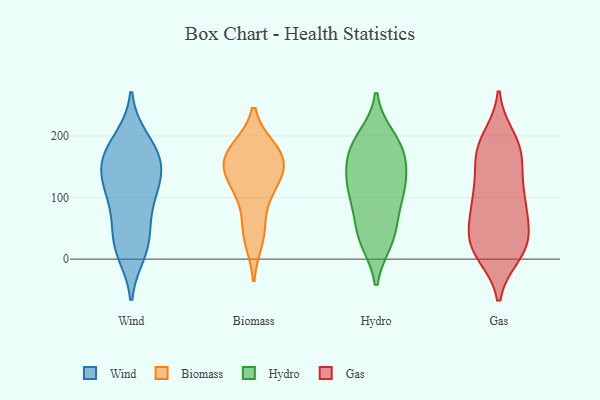
{"axis": {"x": "Headcount", "y": "Value"}, "legend": ["Biomass", "Gas", "Hydro", "Wind"], "data": [{"x": "", "y": 155, "type": "Wind"}, {"x": "", "y": 119, "type": "Wind"}, {"x": "", "y": 154, "type": "Wind"}, {"x": "", "y": 192, "type": "Wind"}, {"x": "", "y": 10, "type": "Wind"}, {"x": "", "y": 153, "type": "Wind"}, {"x": "", "y": 195, "type": "Wind"}, {"x": "", "y": 165, "type": "Wind"}, {"x": "", "y": 107, "type": "Wind"}, {"x": "", "y": 107, "type": "Wind"}, {"x": "", "y": 52, "type": "Wind"}, {"x": "", "y": 160, "type": "Wind"}, {"x": "", "y": 55, "type": "Wind"}, {"x": "", "y": 16, "type": "Wind"}, {"x": "", "y": 105, "type": "Wind"}, {"x": "", "y": 22, "type": "Wind"}, {"x": "", "y": 101, "type": "Biomass"}, {"x": "", "y": 32, "type": "Biomass"}, {"x": "", "y": 127, "type": "Biomass"}, {"x": "", "y": 173, "type": "Biomass"}, {"x": "", "y": 178, "type": "Biomass"}, {"x": "", "y": 51, "type": "Biomass"}, {"x": "", "y": 169, "type": "Biomass"}, {"x": "", "y": 132, "type": "Biomass"}, {"x": "", "y": 144, "type": "Biomass"}, {"x": "", "y": 164, "type": "Biomass"}, {"x": "", "y": 39, "type": "Hydro"}, {"x": "", "y": 78, "type": "Hydro"}, {"x": "", "y": 118, "type": "Hydro"}, {"x": "", "y": 110, "type": "Hydro"}, {"x": "", "y": 38, "type": "Hydro"}, {"x": "", "y": 177, "type": "Hydro"}, {"x": "", "y": 175, "type": "Hydro"}, {"x": "", "y": 113, "type": "Hydro"}, {"x": "", "y": 125, "type": "Hydro"}, {"x": "", "y": 183, "type": "Hydro"}, {"x": "", "y": 196, "type": "Hydro"}, {"x": "", "y": 155, "type": "Hydro"}, {"x": "", "y": 32, "type": "Hydro"}, {"x": "", "y": 47, "type": "Gas"}, {"x": "", "y": 21, "type": "Gas"}, {"x": "", "y": 177, "type": "Gas"}, {"x": "", "y": 195, "type": "Gas"}, {"x": "", "y": 113, "type": "Gas"}, {"x": "", "y": 101, "type": "Gas"}, {"x": "", "y": 183, "type": "Gas"}, {"x": "", "y": 167, "type": "Gas"}, {"x": "", "y": 93, "type": "Gas"}, {"x": "", "y": 104, "type": "Gas"}, {"x": "", "y": 75, "type": "Gas"}, {"x": "", "y": 16, "type": "Gas"}, {"x": "", "y": 10, "type": "Gas"}, {"x": "", "y": 26, "type": "Gas"}, {"x": "", "y": 23, "type": "Gas"}, {"x": "", "y": 70, "type": "Gas"}, {"x": "", "y": 23, "type": "Gas"}, {"x": "", "y": 150, "type": "Gas"}, {"x": "", "y": 177, "type": "Gas"}]}